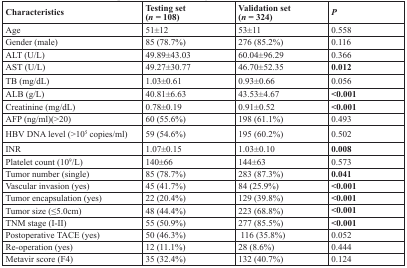
<table><thead><tr><td><b>Characteristics</b></td><td><b>Testing set (<i>n</i>= 108)</b></td><td><b>Validation set (<i>n</i>= 324)</b></td><td><b><i>P</i></b></td></tr></thead><tbody><tr><td>Age</td><td>51±12</td><td>53±11</td><td>0.558</td></tr><tr><td>Gender (male)</td><td>85 (78.7%)</td><td>276 (85.2%)</td><td>0.116</td></tr><tr><td>ALT (U/L)</td><td>49.89±43.03</td><td>60.04±96.29</td><td>0.366</td></tr><tr><td>AST (U/L)</td><td>49.27±30.77</td><td>46.70±52.35</td><td><b>0.012</b></td></tr><tr><td>TB (mg/dL)</td><td>1.03±0.61</td><td>0.93±0.66</td><td>0.056</td></tr><tr><td>ALB (g/L)</td><td>40.81±6.63</td><td>43.53±4.67</td><td><b>&lt;0.001</b></td></tr><tr><td>Creatinine (mg/dL)</td><td>0.78±0.19</td><td>0.91±0.52</td><td><b>&lt;0.001</b></td></tr><tr><td>AFP (ng/ml)(&gt;20)</td><td>60 (55.6%)</td><td>198 (61.1%)</td><td>0.493</td></tr><tr><td>HBV DNA level (&gt;10<sup>5</sup> copies/ml)</td><td>59 (54.6%)</td><td>195 (60.2%)</td><td>0.502</td></tr><tr><td>INR</td><td>1.07±0.15</td><td>1.03±0.10</td><td><b>0.008</b></td></tr><tr><td>Platelet count (10<sup>9</sup>/L)</td><td>140±66</td><td>144±63</td><td>0.573</td></tr><tr><td>Tumor number (single)</td><td>85 (78.7%)</td><td>283 (87.3%)</td><td><b>0.041</b></td></tr><tr><td>Vascular invasion (yes)</td><td>45 (41.7%)</td><td>84 (25.9%)</td><td><b>&lt;0.001</b></td></tr><tr><td>Tumor encapsulation (yes)</td><td>22 (20.4%)</td><td>129 (39.8%)</td><td><b>&lt;0.001</b></td></tr><tr><td>Tumor size (≤5.0cm)</td><td>48 (44.4%)</td><td>223 (68.8%)</td><td><b>&lt;0.001</b></td></tr><tr><td>TNM stage (I-II)</td><td>55 (50.9%)</td><td>277 (85.5%)</td><td><b>&lt;0.001</b></td></tr><tr><td>Postoperative TACE (yes)</td><td>50 (46.3%)</td><td>116 (35.8%)</td><td>0.052</td></tr><tr><td>Re-operation (yes)</td><td>12 (11.1%)</td><td>28 (8.6%)</td><td>0.444</td></tr><tr><td>Metavir score (F4)</td><td>35 (32.4%)</td><td>132 (40.7%)</td><td>0.124</td></tr></tbody></table>